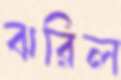
ঝরিল